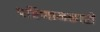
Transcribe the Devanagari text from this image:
परिणामकारी